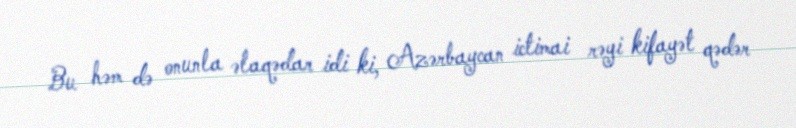
Bu həm də onunla əlaqədar idi ki, Azərbaycan ictimai rəyi kifayət qədər